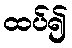
ထပ်၍